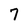
Character: 7